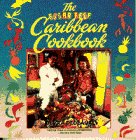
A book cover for Sugar Reef Caribbean Cookbook; Devra Dedeaux; Cookbooks, Food & Wine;